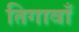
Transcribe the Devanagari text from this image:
तिगावाँ